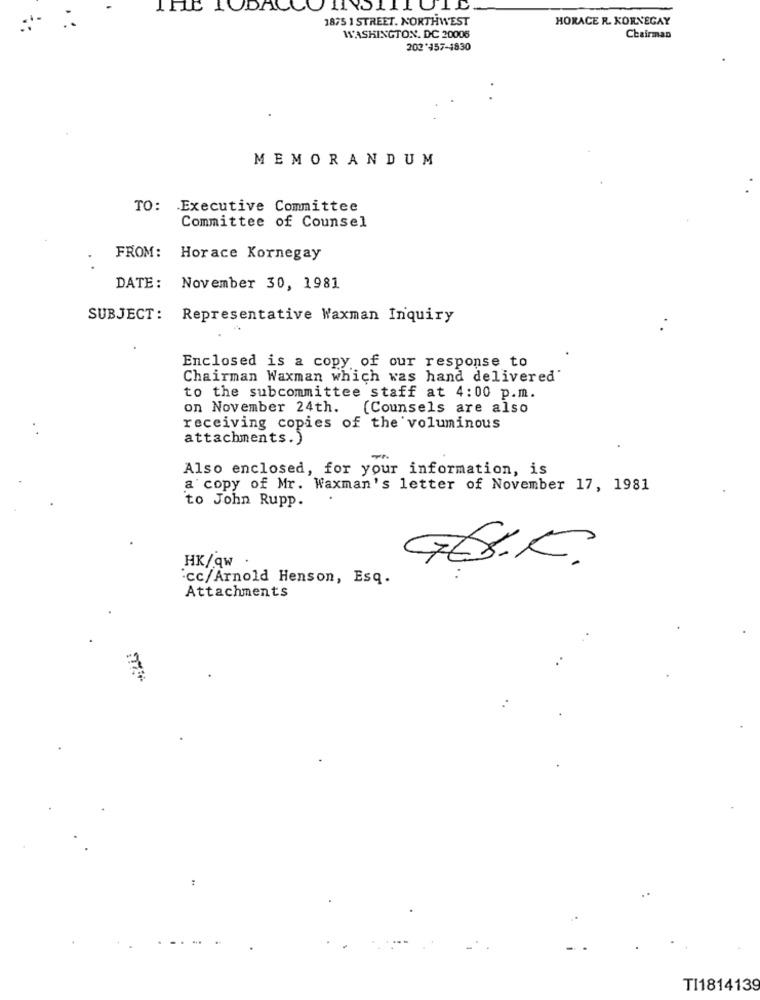
IFIt TODAL
1875 1 STREET. NORTHWEST
HORACE R. KORNEGAY
WASHINGTON, DC 20006
Chairman
203'157-1830
MEMORANDUM
TO: Executive Committee
Committee of Counsel
FROM: Horace Kornegay
DATE:
November 30, 1981
SUBJECT: Representative Waxman Inquiry
Enclosed is a copy of our response to
Chairman Waxman which was hand delivered'
to the subcommittee staff at 4:00 p.m.
on November 24th. (Counsels are also
receiving copies of the voluminous
attachments.)
Also enclosed, for your information, is
a copy of Mr. Waxman's letter of November 17, 1981
to John Rupp.
HK/qw .
G.O.K.
.cc/Arnold Henson, Esq.
Attachments
TI1814139